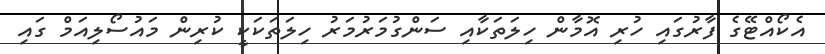
އެކޯއްޓޭގެ ފާރުގައި ހުރި އޮމާން ހިލަތަކާއި ސަންގުމަރުމަރު ހިލަތަކަކީ ކުރިން މައުސޯލިއަމް ގައި